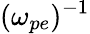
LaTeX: (\omega_{pe})^{-1}